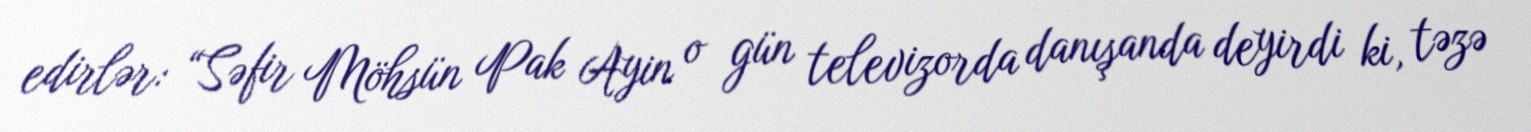
edirlər: “Səfir Möhsün Pak Ayin o gün televizorda danışanda deyirdi ki, təzə